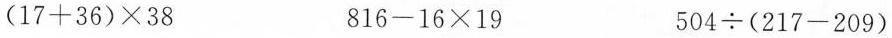
$$( 1 7 + 3 6 ) \times 3 8$$ $$8 1 6 - 1 6 \times 1 9$$ $$5 0 4 \div ( 2 1 7 - 2 0 9 )$$